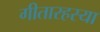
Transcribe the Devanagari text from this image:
गीतारहस्या